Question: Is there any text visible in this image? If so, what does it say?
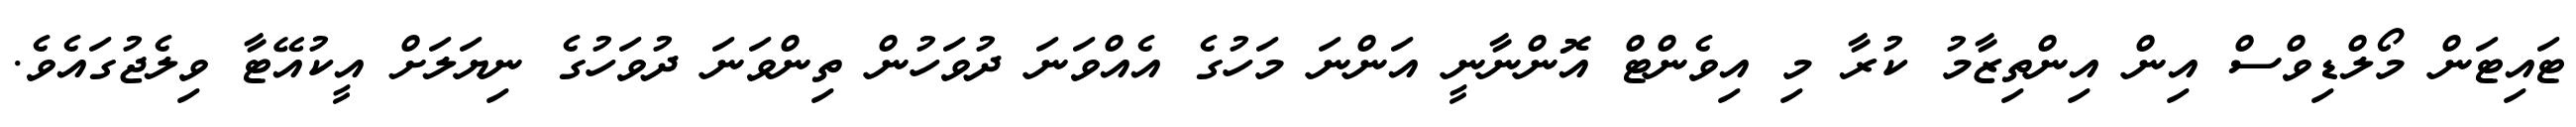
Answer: ޓައިޓަން މޯލްޑިވްސް އިން އިންތިޒާމު ކުރާ މި އިވެންޓް އޮންނާނީ އަންނަ މަހުގެ އެއްވަނަ ދުވަހުން ތިންވަނަ ދުވަހުގެ ނިޔަލަށް އީކުއޭޓާ ވިލެޖުގައެވެ.